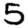
Digit: 5